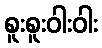
စူးစူးဝါးဝါး